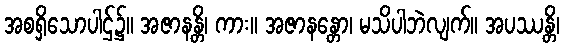
အစရှိသောပါဌ်၌။ အဇာနန္တိ၊ ကား။ အဇာနန္တော၊ မသိပါဘဲလျက်။ အပဿန္တိ၊